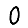
Digit: 0